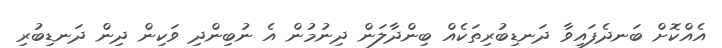
އެއްކޮށް ބަނދެފައިވާ ދަނޑިބުރިތަކެއް ބިންދާލަން ދިނުމުން އެ ނުބިންދި ވަކިން ދިން ދަނޑިބުރި